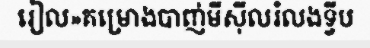
រៀល»គម្រោងបាញ់មីស៊ីលរំលងទ្វីប